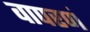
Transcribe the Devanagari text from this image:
वापरणं